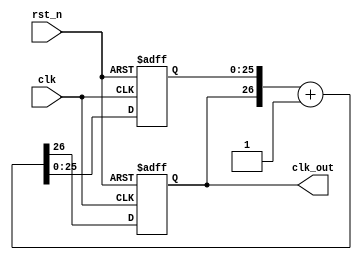
`timescale 1ns / 1ps
//////////////////////////////////////////////////////////////////////////////////
// Company: 
// Engineer: 
// 
// Design Name: 
// Module Name: Frequency_Divider
// Project Name: 
// Target Devices: 
// Tool Versions: 
// Description: 
// 
// Dependencies: 
// 
// Revision:
// Revision 0.01 - File Created
// Additional Comments:
// 
//////////////////////////////////////////////////////////////////////////////////

`define FREQ_DIV_BIT 27
module Frequency_Divider(
    clk_out,//divided clock output
    clk,// global clock input
    rst_n//active low reset
    );
    output clk_out;//divided output
    input clk;//global clock input
    input rst_n;// active low reset
    
    reg clk_out;//clk output(in always block)
    reg[`FREQ_DIV_BIT-2:0]cnt;//remainder of the counter
    reg[`FREQ_DIV_BIT-1:0]cnt_tmp;//input to dff(in always block)
    
    //Combinational logics increment, neglecting overflow
    always @*
        cnt_tmp={clk_out,cnt} +1'b1;
        
    //Sequential logics: Flop flops
    always @(posedge clk or negedge rst_n)
        if(~rst_n){clk_out,cnt}<=`FREQ_DIV_BIT'd0;
        else {clk_out,cnt}<=cnt_tmp;
endmodule